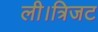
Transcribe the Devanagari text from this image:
ली।त्रिजट